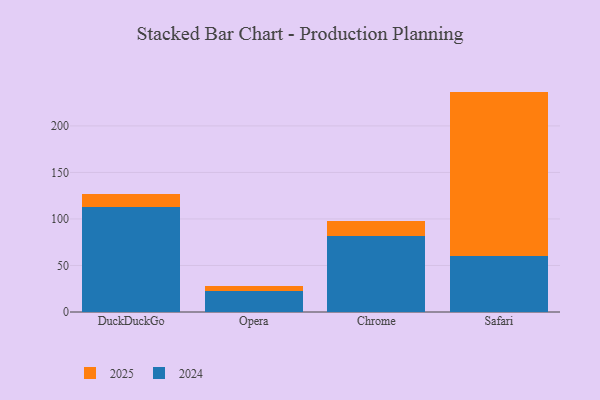
{"axis": {"x": "Browser", "y": "Churn Rate (%)"}, "legend": ["2024", "2025"], "data": [{"x": "DuckDuckGo", "y": 113.2, "type": "2024"}, {"x": "DuckDuckGo", "y": 13.5, "type": "2025"}, {"x": "Opera", "y": 22.2, "type": "2024"}, {"x": "Opera", "y": 5.7, "type": "2025"}, {"x": "Chrome", "y": 82.2, "type": "2024"}, {"x": "Chrome", "y": 15.2, "type": "2025"}, {"x": "Safari", "y": 59.9, "type": "2024"}, {"x": "Safari", "y": 177.0, "type": "2025"}]}